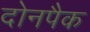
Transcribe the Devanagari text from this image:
दोनपैक